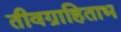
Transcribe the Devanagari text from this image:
तीवग्राहिताभ